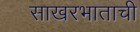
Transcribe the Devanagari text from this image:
साखरभाताची